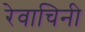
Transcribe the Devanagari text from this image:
रेवाचिनी